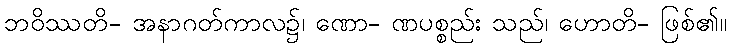
ဘဝိဿတိ- အနာဂတ်ကာလ၌၊ ဏော- ဏပစ္စည်း သည်၊ ဟောတိ- ဖြစ်၏။